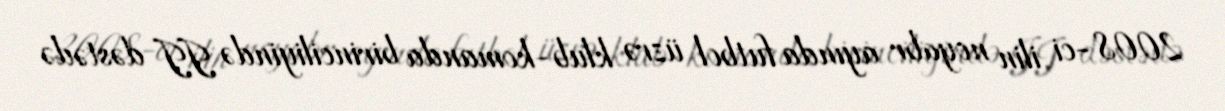
2008-ci ilin noyabr ayında futbol üzrə klub-komanda birinciliyində II dəstədə